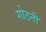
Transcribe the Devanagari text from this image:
गोठनी